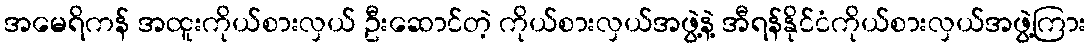
အမေရိကန် အထူးကိုယ်စားလှယ် ဦးဆောင်တဲ့ ကိုယ်စားလှယ်အဖွဲ့နဲ့ အီရန်နိုင်ငံကိုယ်စားလှယ်အဖွဲ့ကြား